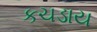
કચડાય